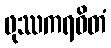
ဖုဿကရဝိတံ